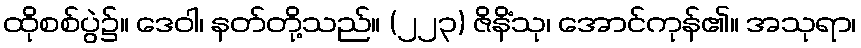
ထိုစစ်ပွဲ၌။ ဒေဝါ၊ နတ်တို့သည်။ (၂၂၃) ဇိနိံသု၊ အောင်ကုန်၏။ အသုရာ၊